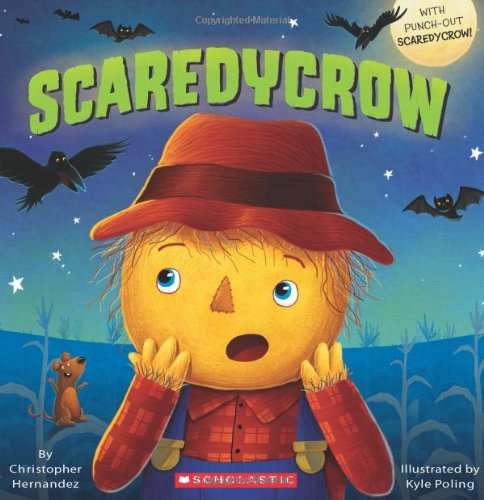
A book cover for Scaredycrow; Christopher Hernandez; Children's Books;